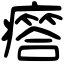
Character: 𤺥